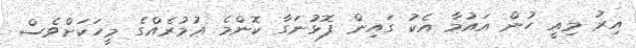
އިރު މިއީ ހުން އައުމާ އެކު ގައިން ފޮޅުނަގާ ކޮންމެ ޢުމުރެއްގެ މީހަކަށްވެސް